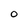
Character: O